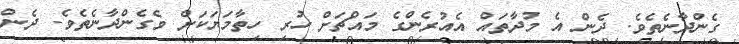
ގެންދާނެތެވެ. ދެން އެ މުދާތައް އެއުރެންގެ މައްޗަށް ހުރި ހިތާމަޔަކަށް ވެގެންދާނެތެވެ. ދެން